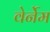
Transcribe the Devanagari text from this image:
वेर्नेम